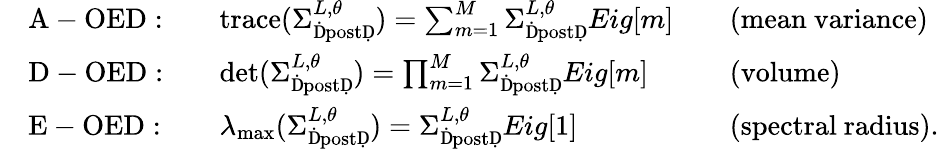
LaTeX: \begin{array}{rlrlrl}&{\mathrm{A-OED:}}&&{\mathrm{trace}(\Sigma_{\mathrm{ḊpostḌ}}^{L,\theta})=\sum_{m=1}^{M}\Sigma_{\mathrm{ḊpostḌ}}^{L,\theta}Eig[m]}&&{\mathrm{(mean~variance)}}\\ &{\mathrm{D-OED:}}&&{\operatorname*{det}(\Sigma_{\mathrm{ḊpostḌ}}^{L,\theta})=\prod_{m=1}^{M}\Sigma_{\mathrm{ḊpostḌ}}^{L,\theta}Eig[m]}&&{\mathrm{(volume)}}\\ &{\mathrm{E-OED:}}&&{\lambda_{\operatorname*{max}}(\Sigma_{\mathrm{ḊpostḌ}}^{L,\theta})=\Sigma_{\mathrm{ḊpostḌ}}^{L,\theta}Eig[1]}&&{\mathrm{(spectral~radius).}}\end{array}